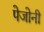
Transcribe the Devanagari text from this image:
पेजोनी